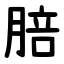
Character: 䏽